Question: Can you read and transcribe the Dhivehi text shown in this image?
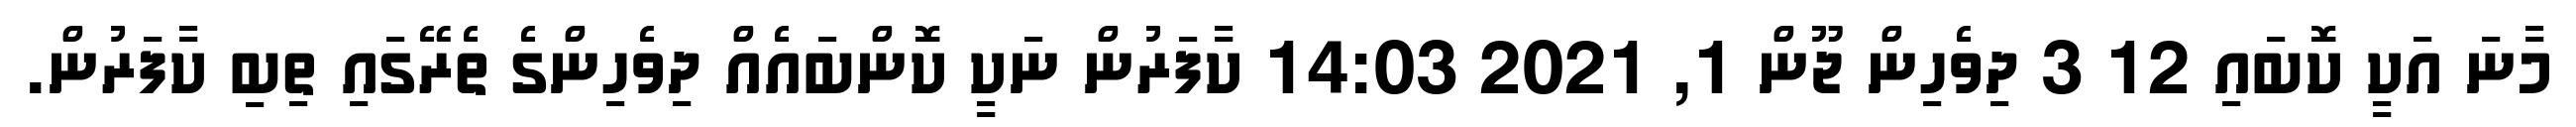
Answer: މާނަ އަކީ ކޮބައި 12 3 ދިވެހިން ޖޫން 1, 2021 14:03 ކާފަރުން ނަކީ ކޮންބައެއް ދިވެހިންގެ ތެރޭގައި ތިބި ކާފަރުން.